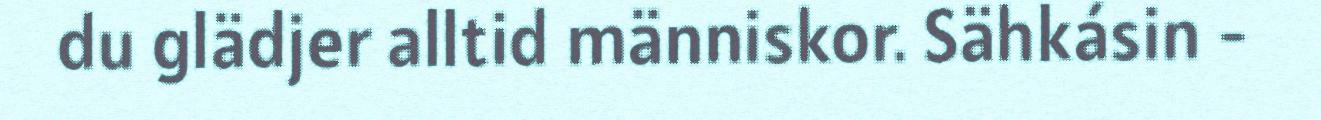
du glädjer alltid människor. Sähkásin -